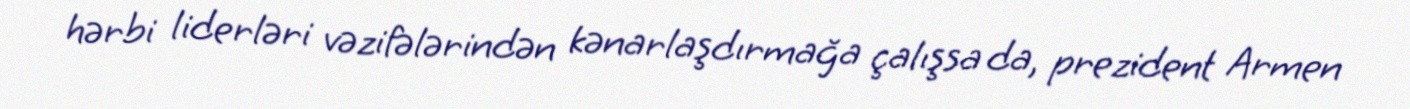
hərbi liderləri vəzifələrindən kənarlaşdırmağa çalışsa da, prezident Armen